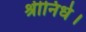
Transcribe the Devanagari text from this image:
श्रीनिधे।